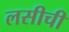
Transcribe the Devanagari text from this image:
लसीची